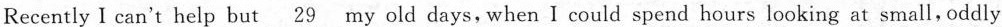
Recently I can't help but \underline{29} my old days, when I could